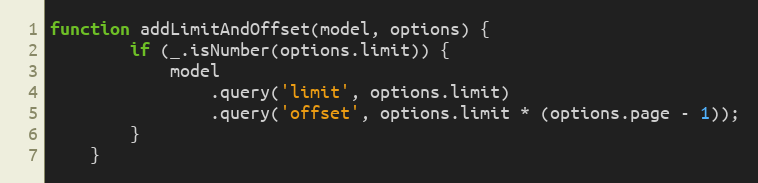
Language: JavaScript
function addLimitAndOffset(model, options) {
        if (_.isNumber(options.limit)) {
            model
                .query('limit', options.limit)
                .query('offset', options.limit * (options.page - 1));
        }
    }